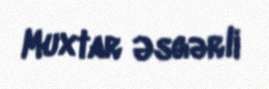
Muxtar Əsgərli